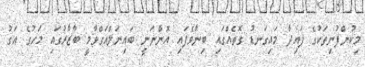
މިކުންފުނިތަކުގެ ފައިދާ މައިގަނޑު ގޮތެއްގައި ބިނާވެފައި އޮންނަނީ ބައިނަލްއަގްވާމީ ބާޒާރުގައި މަހުގެ އަގު